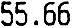
55.66